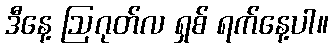
ဒီနေ့ ဩဂုတ်လ ရှစ် ရက်နေ့ပါ။